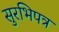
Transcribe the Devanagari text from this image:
सुरभिपत्र